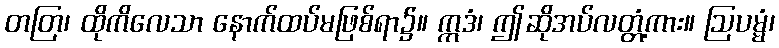
တတြ၊ ထိုကိလေသာ နောက်ထပ်မဖြစ်ရာ၌။ ဣဒံ၊ ဤဆိုအပ်လတ္တံ့ကား။ ဩပမ္မံ၊